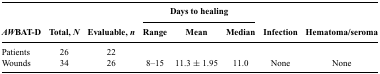
<table><thead><tr><td></td><td></td><td></td><td colspan="3"><b>Days to healing</b></td><td></td><td></td></tr><tr><td><b><i>AW</i>BAT-D</b></td><td><b>Total, <i>N</i></b></td><td><b>Evaluable, <i>n</i></b></td><td><b>Range</b></td><td><b>Mean</b></td><td><b>Median</b></td><td><b>Infection</b></td><td><b>Hematoma/seroma</b></td></tr></thead><tbody><tr><td>Patients</td><td>26</td><td>22</td><td></td><td></td><td></td><td></td><td></td></tr><tr><td>Wounds</td><td>34</td><td>26</td><td>8–15</td><td>11.3 ± 1.95</td><td>11.0</td><td>None</td><td>None</td></tr></tbody></table>